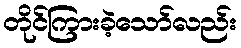
တိုင်ကြားခဲ့သော်လည်း